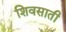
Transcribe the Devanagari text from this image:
शिवसाती